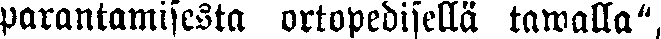
parantamisesta ortopedisellä tawalla",